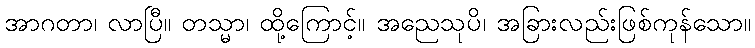
အာဂတာ၊ လာပြီ။ တသ္မာ၊ ထို့ကြောင့်။ အညေသုပိ၊ အခြားလည်းဖြစ်ကုန်သော။